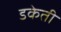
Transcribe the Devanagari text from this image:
डकेती